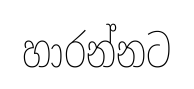
හාරන්නට